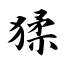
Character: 猱